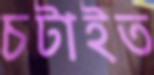
চটাইত